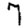
Digit: 7